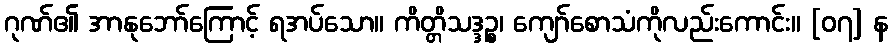
ဂုဏ်၏ အာနုဘော်ကြောင့် ရအပ်သော။ ကိတ္တိသဒ္ဒဉ္စ၊ ကျော်စောသံကိုလည်းကောင်း။ [၀၇] န